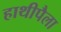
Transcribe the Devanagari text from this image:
हाथीपैला